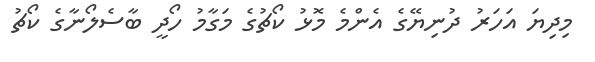
މިދިޔަ އަހަރު ދުނިޔޭގެ އެންމެ މޮޅު ކޯޗުގެ މަގާމު ހޯދީ ބާސެލޯނާގެ ކޯޗު